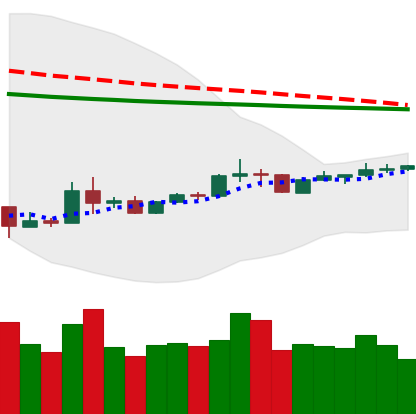
Ticker: XRP-USD
Chart end date: 2020-04-04
Forward return: 9.093%
Label: up_7plus